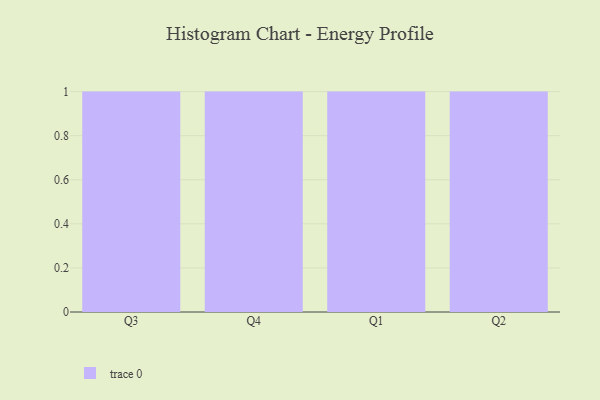
{"axis": {"x": "Quarter", "y": "Satisfaction Score"}, "legend": [""], "data": [{"x": "Q3", "y": 41, "type": ""}, {"x": "Q4", "y": 31, "type": ""}, {"x": "Q1", "y": 23, "type": ""}, {"x": "Q2", "y": 82, "type": ""}]}